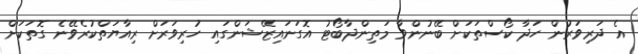
އެ ދަރިވަރުން ހަދާ ކޯސްތަކަށް ބޭނުންވާ މަތިންދާބޯޓު އޮގަނައިޒޭޝަންގައި ހުރިވަރަށް ރިއާޔަތްކުރެވޭނެ ގޮތަކަށް